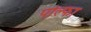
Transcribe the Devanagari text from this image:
पोल्फा